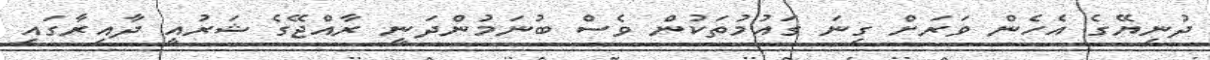
ދުނިޔޭގެ އެހެން ވަރަށް ގިނަަ ގައުމުތަކުން ވެސް ބުނަމުންދަނީ ރާއްޖޭގެ ޝަރުއީ ދާއިރާގައި